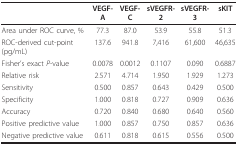
|  | VEGF-A | VEGF-C | sVEGFR-2 | sVEGFR-3 | sKIT |
 | --- | --- | --- | --- | --- | --- |
 | Area under ROC curve, % | 77.3 | 87.0 | 53.9 | 55.8 | 51.3 |
 | ROC-derived cut-point (pg/mL) | 137.6 | 941.8 | 7,416 | 61,600 | 46,635 |
 | Fisher's exact P-value | 0.0078 | 0.0012 | 0.1107 | 0.090 | 0.6887 |
 | Relative risk | 2.571 | 4.714 | 1.950 | 1.929 | 1.273 |
 | Sensitivity | 0.500 | 0.857 | 0.643 | 0.429 | 0.500 |
 | Specificity | 1.000 | 0.818 | 0.727 | 0.909 | 0.636 |
 | Accuracy | 0.720 | 0.840 | 0.680 | 0.640 | 0.560 |
 | Positive predictive value | 1.000 | 0.857 | 0.750 | 0.857 | 0.636 |
 | Negative predictive value | 0.611 | 0.818 | 0.615 | 0.556 | 0.500 |